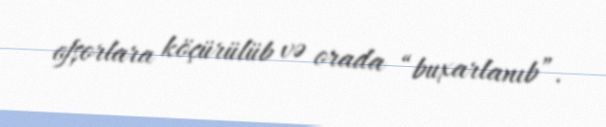
ofşorlara köçürülüb və orada “buxarlanıb”.